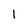
Character: 1